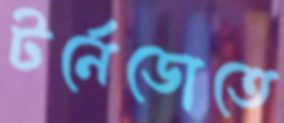
টর্নেডোতে